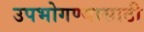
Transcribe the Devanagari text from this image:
उपभोगण्यासाठी